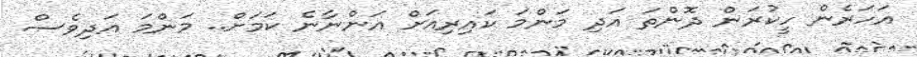
އަހަރެން ހީކުރަން ދޮންތަ އަދި މަންމަ ކައިރިއަށް އަންނާނެ ކަމަށް.. މަންމަ އަދިވެސް